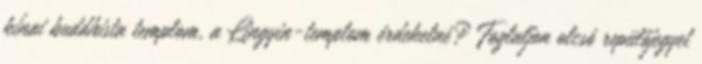
kínai buddhista templom, a Lingyin-templom érdekelné? Foglaljon olcsó repülőjegyet